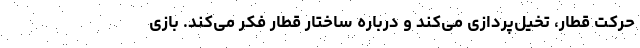
حرکت قطار، تخیل‌پردازی می‌کند و درباره ساختار قطار فکر می‌کند. بازی